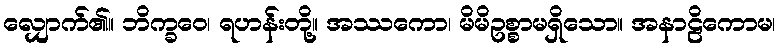
လျှောက်၏။ ဘိက္ခဝေ၊ ရဟန်းတို့။ အဿကော၊ မိမိဥစ္စာမရှိသော။ အနာဠိကောမ၊